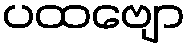
ပထဗျော